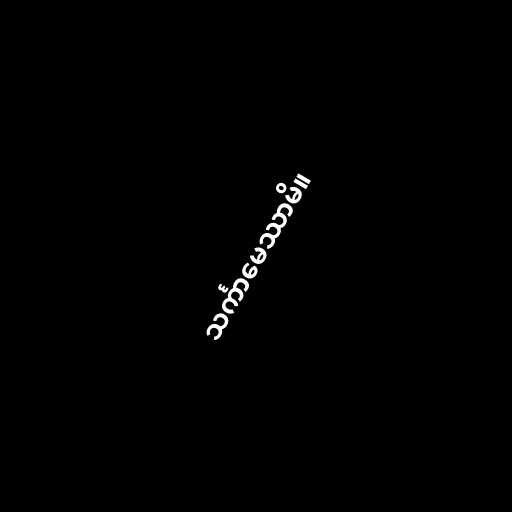
သင်္ကာမေဿာမိ။